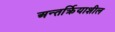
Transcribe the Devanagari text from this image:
अन्तर्क्रियाशील